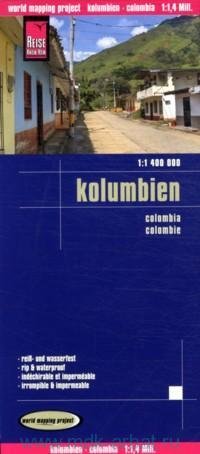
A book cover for Colombia 1:1,400,000 Travel Map, waterproof, GPS-compatible REISE; Reise Knowhow; Travel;